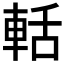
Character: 𮝐